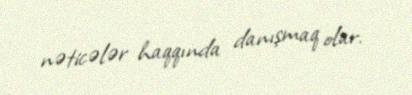
nəticələr haqqında danışmaq olar.